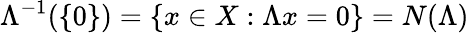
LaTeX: \Lambda^{-1}(\{ 0\} )=\{ x\in X:\Lambda x=0\} ={N}(\Lambda)